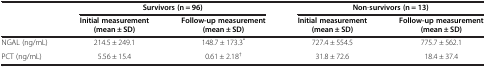
| <ROWSPAN=2>  | <COLSPAN=2> Survivors (n = 96) | <COLSPAN=2> Non-survivors (n = 13) |
 | Initial measurement (mean ± SD) | Follow-up measurement (mean ± SD) | Initial measurement (mean ± SD) | Follow-up measurement (mean ± SD) |
 | --- | --- | --- | --- | --- |
 | NGAL (ng/mL) | 214.5 ± 249.1 | 148.7 ± 173.3* | 727.4 ± 554.5 | 775.7 ± 562.1 |
 | PCT (ng/mL) | 5.56 ± 15.4 | 0.61 ± 2.18† | 31.8 ± 72.6 | 18.4 ± 37.4 |